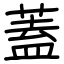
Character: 蓋